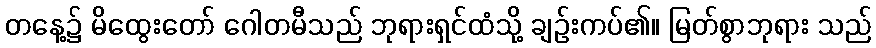
တနေ့၌ မိထွေးတော် ဂေါတမီသည် ဘုရားရှင်ထံသို့ ချဉ်းကပ်၏။ မြတ်စွာဘုရား သည်